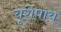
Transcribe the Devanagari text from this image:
यूरोपाय